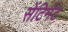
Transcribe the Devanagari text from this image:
सेंटिमेंट